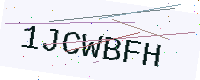
Text: 1JCWBFH